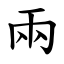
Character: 兩